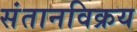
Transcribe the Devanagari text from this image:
संतानविक्रय